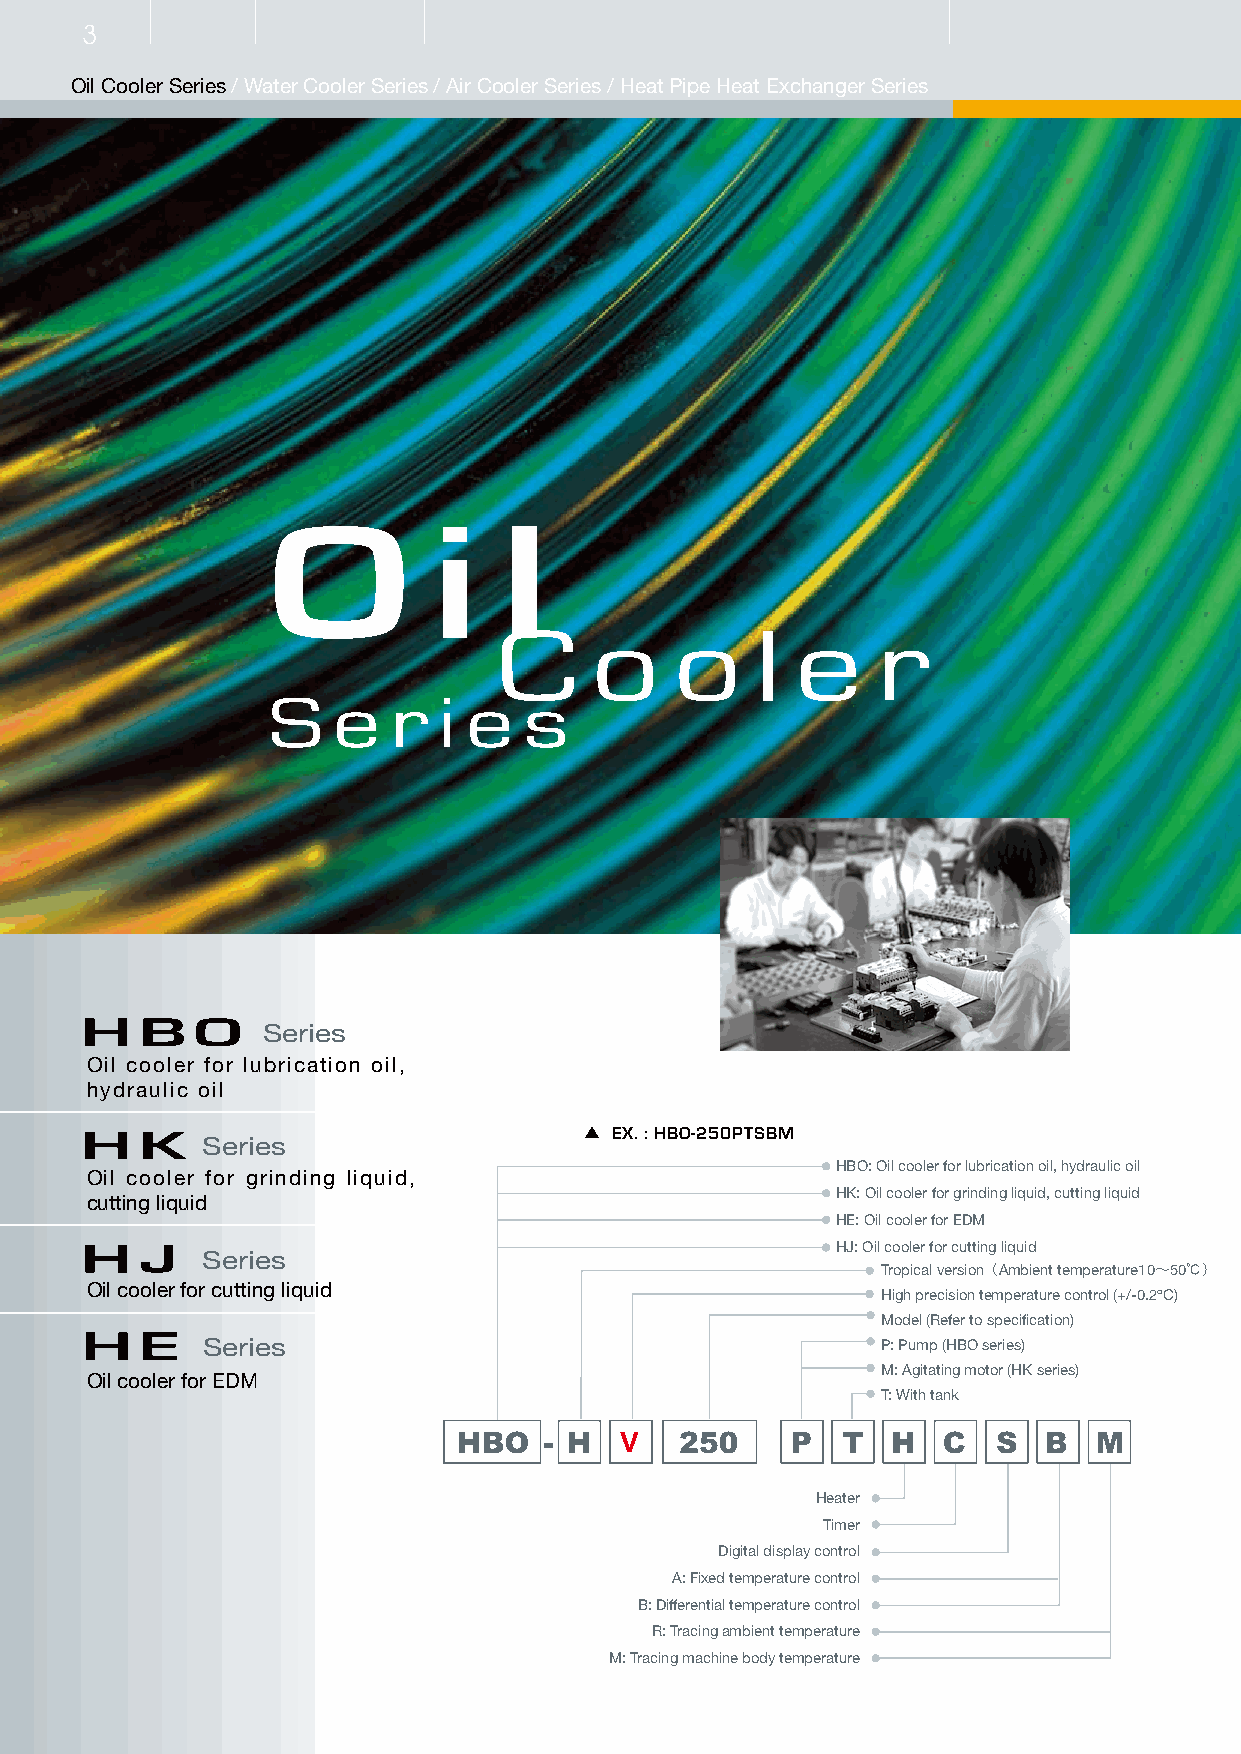
3
 Oil Cooler Series / Water Cooler Series / Air Cooler Series / Heat Pipe Heat Exchanger Series
 O          i   l
 C     o     o    l  e    r
 S   e   r  i e   s
 H   B   O
 Series
 Oil cooler for lubrication oil,
 hydraulic oil
 H   K                              EX. : HBO-250PTSBM
 Series
 HBO: Oil cooler for lubrication oil, hydraulic oil
 Oil cooler for grinding liquid,
 HK: Oil cooler for grinding liquid, cutting liquid
 cutting liquid
 HE: Oil cooler for EDM
 H   J                                             HJ: Oil cooler for cutting liquid
 Series
 Tropical version（Ambient temperature10～50℃）
 Oil cooler for cutting liquid
 High precision temperature control (+/-0.2ºC)
 Model (Refer to specification)
 H   E
 Series                                       P: Pump (HBO series)
 M: Agitating motor (HK series)
 Oil cooler for EDM
 T: With tank
 V
 Heater
 Timer
 Digital display control
 A: Fixed temperature control
 B: Differential temperature control
 R: Tracing ambient temperature
 M: Tracing machine body temperature